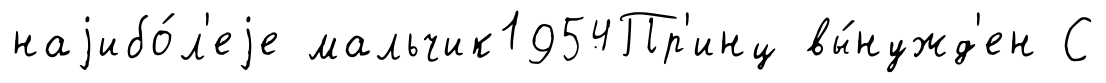
наjибо́л'еjе мальчик1954Пр'инц вы́нужд'ен С